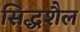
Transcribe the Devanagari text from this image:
सिद्धशैल